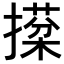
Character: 𢵙